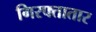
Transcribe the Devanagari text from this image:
गिरफ्तातार